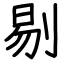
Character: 剔